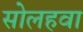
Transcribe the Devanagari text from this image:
सोलहवा